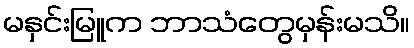
မနှင်းမြူက ဘာသံတွေမှန်းမသိ။